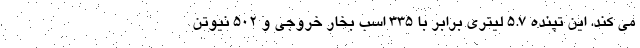
می کند. این تپنده 5.7 لیتری برابر با 335 اسب بخار خروجی و 502 نیوتن